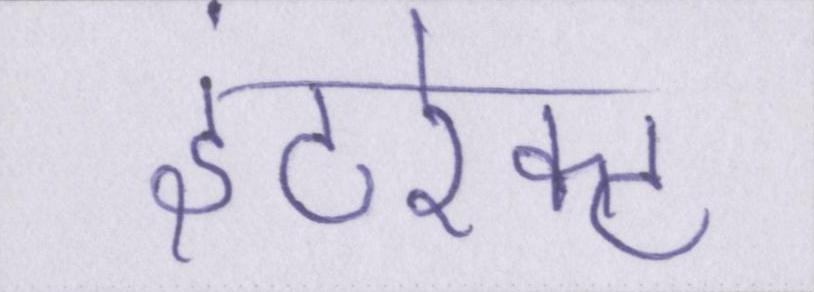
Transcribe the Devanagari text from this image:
इंटरेक्ट